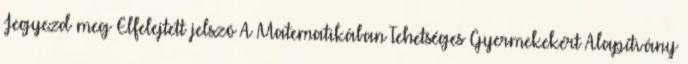
Jegyezd meg Elfelejtett jelszó A Matematikában Tehetséges Gyermekekért Alapítvány